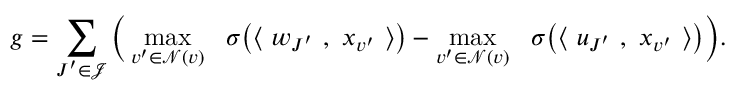
g = \sum _ { { \boldsymbol J } ^ { \prime } \in \mathcal { J } } \Big ( \operatorname* { m a x } _ { v ^ { \prime } \in \mathcal { N } ( v ) } ~ ~ \sigma \big ( \langle ~ { \boldsymbol w } _ { { \boldsymbol J } ^ { \prime } } ~ , ~ { \boldsymbol x } _ { v ^ { \prime } } ~ \rangle \big ) - \operatorname* { m a x } _ { v ^ { \prime } \in \mathcal { N } ( v ) } ~ ~ \sigma \big ( \langle ~ { \boldsymbol u } _ { { \boldsymbol J } ^ { \prime } } ~ , ~ { \boldsymbol x } _ { v ^ { \prime } } ~ \rangle \big ) \Big ) .